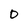
Character: O